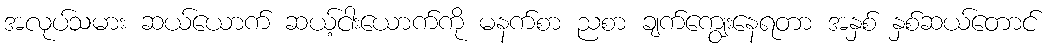
အလုပ်သမား ဆယ်ယောက် ဆယ့်ငါးယောက်ကို မနက်စာ ညစာ ချက်ကျွေးနေရတာ အနှစ် နှစ်ဆယ်တောင်